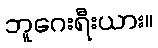
ဘူဂေးရီးယား။